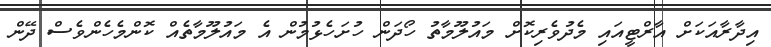
އިދާރާއަކަށް އާރްޓީއައި މެދުވެރިކޮށް މައުލޫމާތު ހޯދަން ހުށަހެޅުމުން އެ މައުލޫމާތެއް ކޮންމެހެންވެސް ދޭން